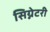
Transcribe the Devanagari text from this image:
सिग्नेटरी